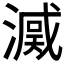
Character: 𣾒